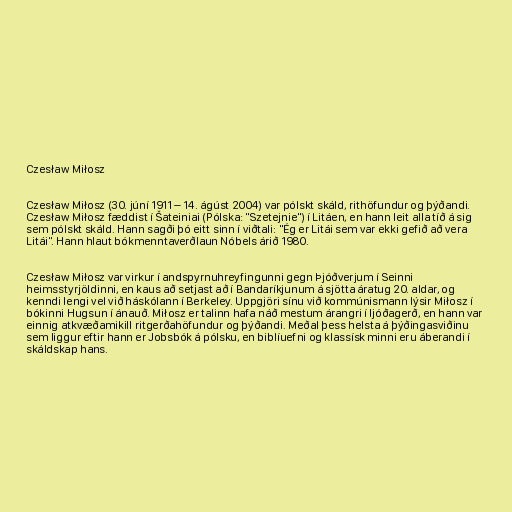
Czesław Miłosz

Czesław Miłosz (30. júní 1911 – 14. ágúst 2004) var pólskt skáld, rithöfundur og þýðandi.
Czesław Miłosz fæddist í Šateiniai (Pólska: "Szetejnie") í Litáen, en hann leit alla tíð á sig
sem pólskt skáld. Hann sagði þó eitt sinn í viðtali: "Ég er Litái sem var ekki gefið að vera
Litái". Hann hlaut bókmenntaverðlaun Nóbels árið 1980.

Czesław Miłosz var virkur í andspyrnuhreyfingunni gegn Þjóðverjum í Seinni
heimsstyrjöldinni, en kaus að setjast að í Bandaríkjunum á sjötta áratug 20. aldar, og
kenndi lengi vel við háskólann í Berkeley. Uppgjöri sínu við kommúnismann lýsir Miłosz í
bókinni Hugsun í ánauð. Miłosz er talinn hafa náð mestum árangri í ljóðagerð, en hann var
einnig atkvæðamikill ritgerðahöfundur og þýðandi. Meðal þess helsta á þýðingasviðinu
sem liggur eftir hann er Jobsbók á pólsku, en biblíuefni og klassísk minni eru áberandi í
skáldskap hans.